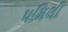
૫મિલી